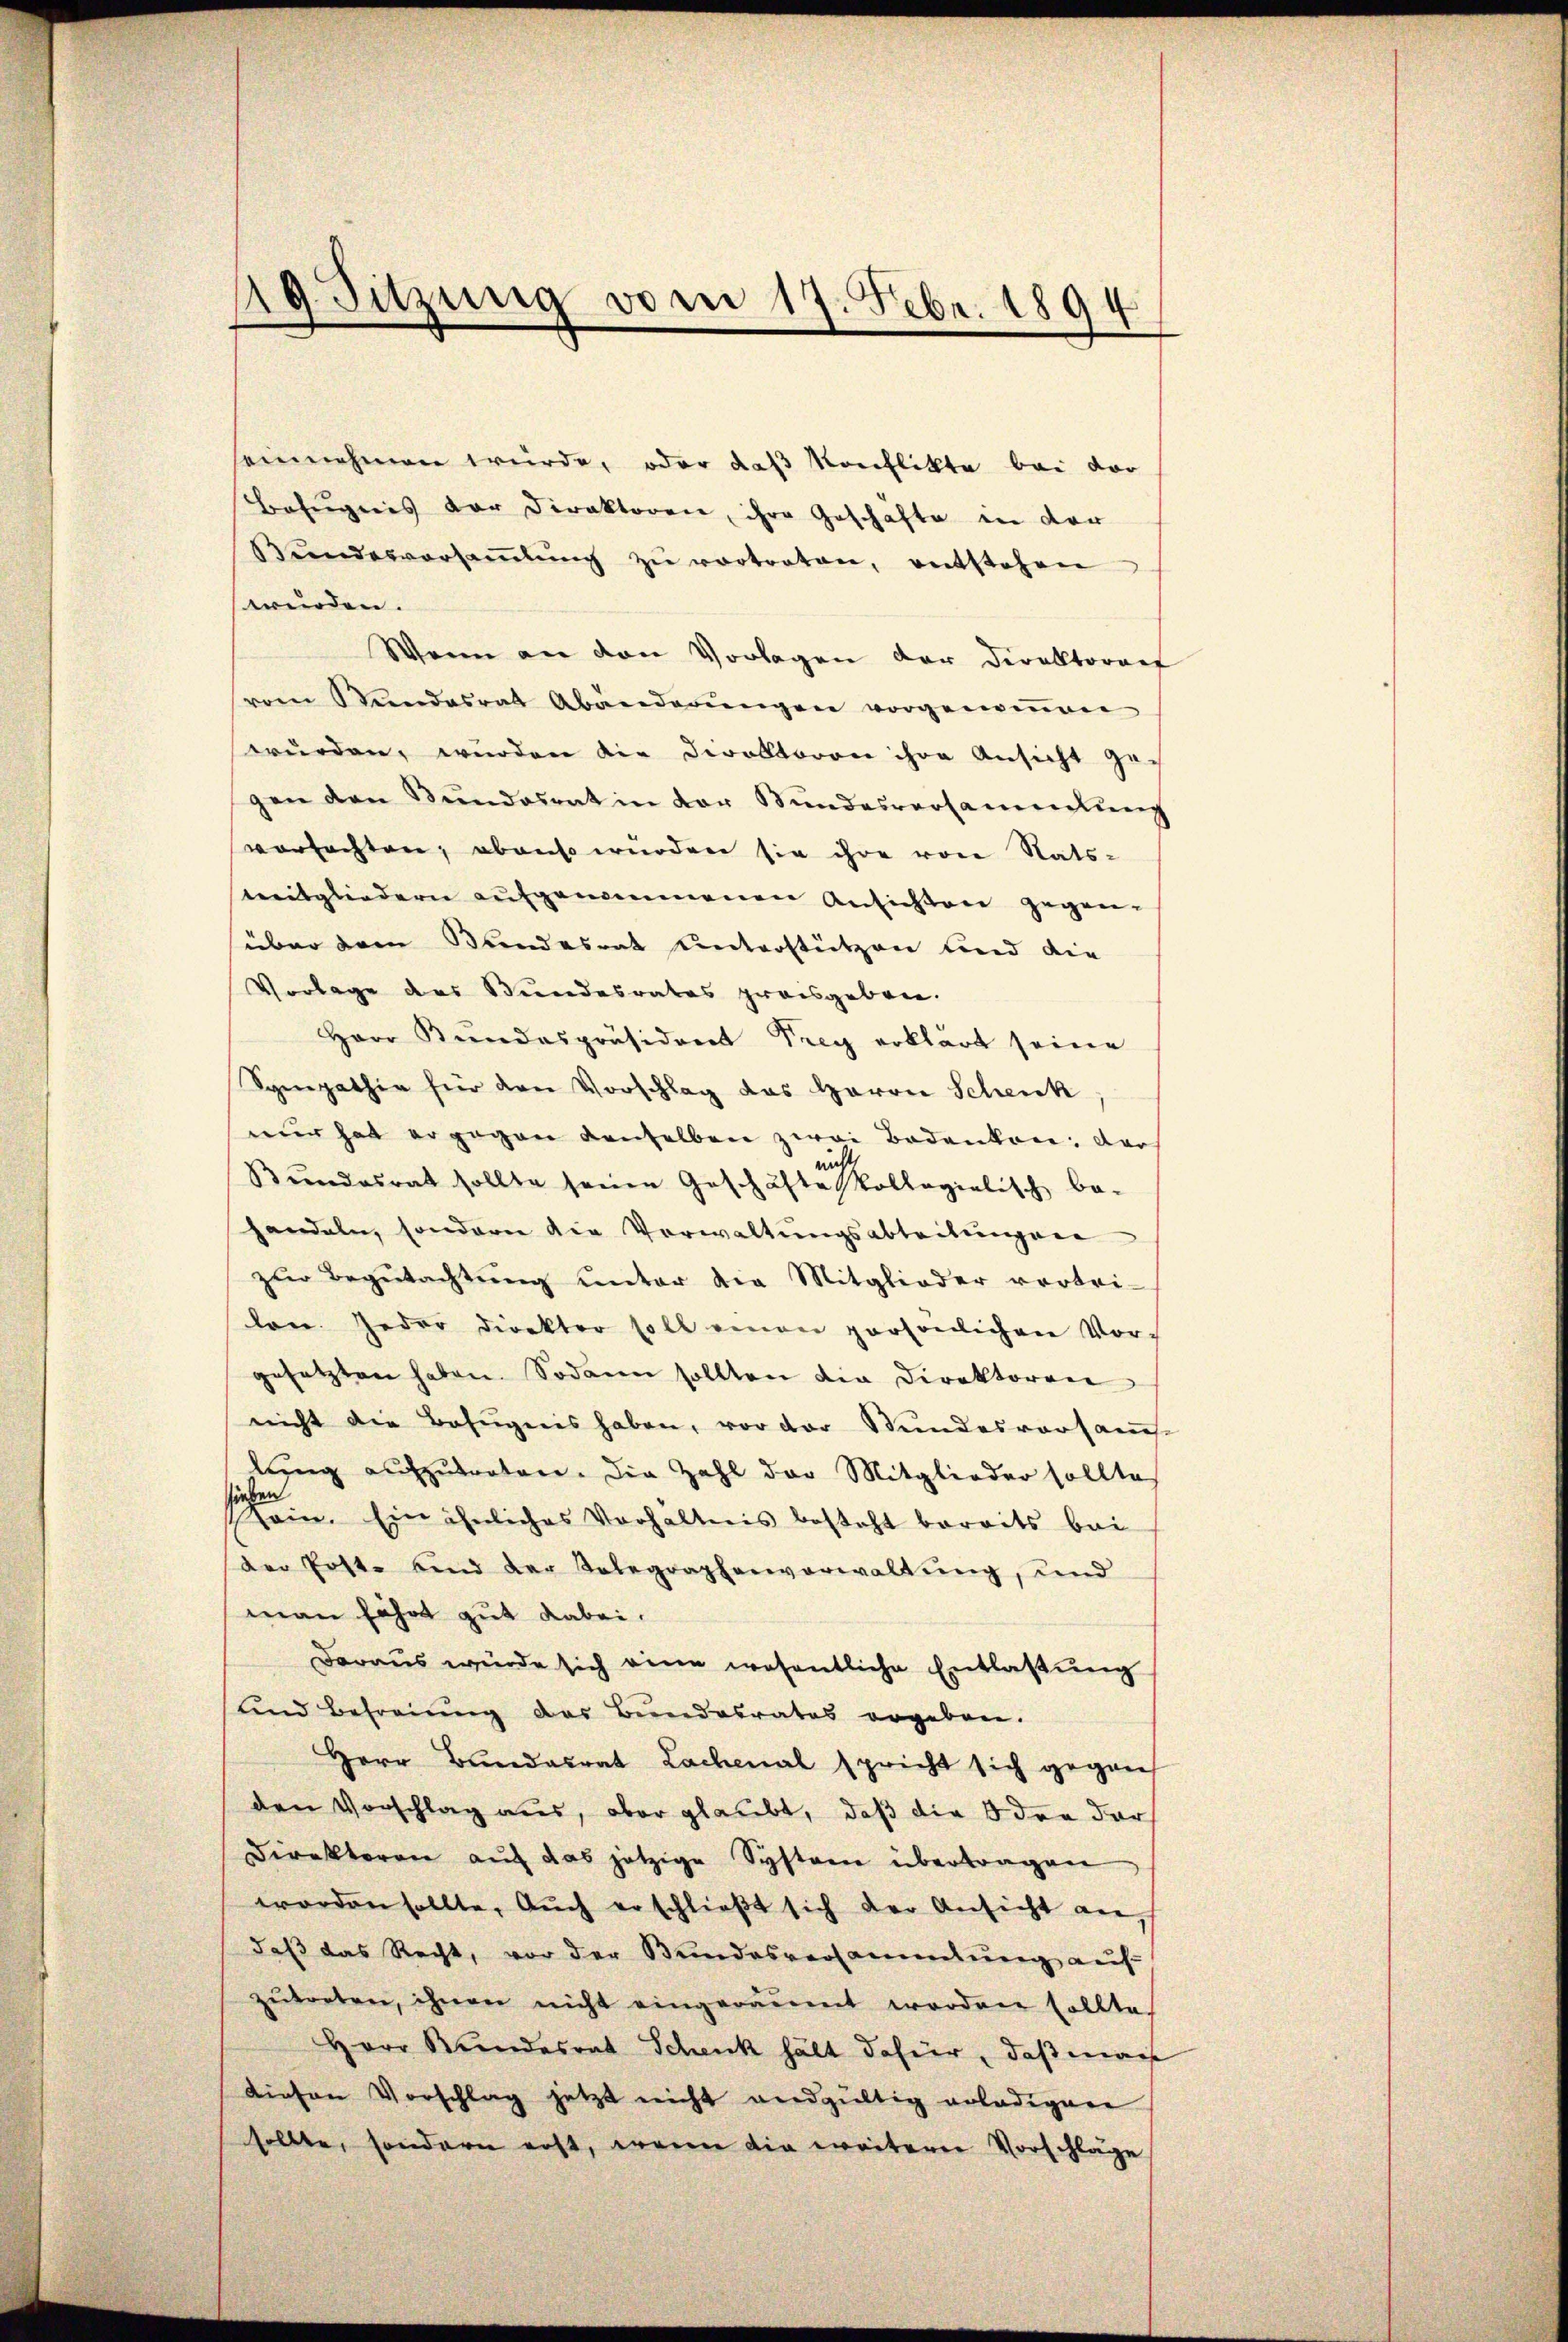
19. Sitzung vom 17. Febr. 1894

einnehmen würde, oder das Konflikte bei vor
Befugnis der Direktoren, ihre Geschäfte in der
Bŭndesversaṁlŭng zŭ vertreten, entstehen
würden.
Wenn an den Vorlagen der Direktoraef
vom Stundesrat Abänderŭngen vorgenoṁen
wurden, wurden die Divollkoron ihre Ansicht gegen den Stundesrat in der Stundesversammlung
vorfachten, abenso würden sie ihre von Stats-
Mitgliedern aufgenommenen Ansichten gegen-
über dem Bundesrat unterstützen und die
Vorlage des Bundesrates preisgeben.
Herr Bundespräsident Frey erklärt seine
Sympathie für den Vorschlag das Haron Schenk
mur hat er gegen denselben zwei Bodenken, das
nicht
Bundesrat sollte seinen Geschäfte kollegialisch be-
handeln, sondern die Verwaltungsabteilungen
zŭr Begutachtŭng ŭnter die Mitglieder vorbri-
lon. Jeder direktor soll einen persönlichen Vor-
gesetzten haben. Sodann sollten die Direktoren
nicht die Befugnis haben, vor der Stundesvorsams
lung aufzutreten. Die Zahl der Mitglieder sollte
ein. Ein ähnliches Verhältnis besteht bereits bei
Der Erste sind der Telegraphenverwaltŭng, und
man fährt gut dabei.
Daraus würde sich eine wesentliche Entlassŭng
und Befreiung das Bundesrates ergeben.
Herr Bundesrat Lachenal spricht sich gegen
den Vorschlag aus, aber glaubt, daß die 3 den dar
Direktoren aŭf das jetzige System übertragen
worden sollte. Auch erschließt sich der Ansicht an,
daß das Recht, vor der Bundesversammlung auf
zŭtreten, ihnen nicht eingeräumt worden sollte
Herr Kundesrat Schenk hält dahier, daß mach
diesen Vorschlag jetzt nicht endgültig erledigere
sollte, sondern erst, wenn die weiterer Vorschläge